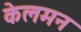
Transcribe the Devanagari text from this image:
केलमन